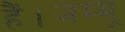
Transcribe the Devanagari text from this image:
हैं।जम्मू